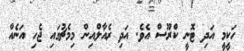
ހަކީމީ އަދި ޓޮނީ ކްރޫސް އެވެ. އަދި ރެއާލްއިން މިމެޗުގައި ޖެހި އަނެއް